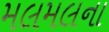
મલમલના